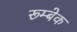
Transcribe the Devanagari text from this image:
रूम्बेक